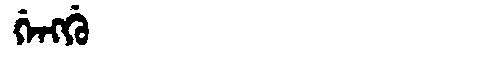
Manchu: ᡤᡝᠩᡤᡠ
Romanization: GENGGU